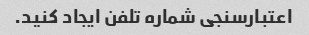
اعتبارسنجی شماره تلفن ایجاد کنید.